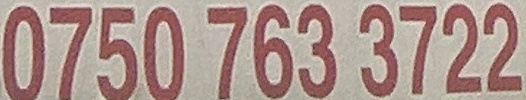
0750 763 3722